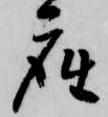
座